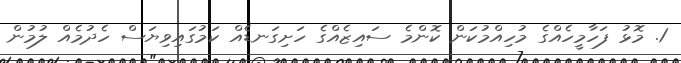
1. މޮޅު ފަހާމީހެއްގެ މުހިއްމުކަން ކޮންމެ ސައިޒެއްގެ ހަށިގަނޑެއް ކަމުގައިވިޔަސް ހެދުމެއް ލުމުން